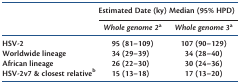
<table><thead><tr><td></td><td colspan="2"><b>Estimated Date (ky) Median (95% HPD)</b></td></tr><tr><td></td><td><b><i>Whole genome 2</i><sup>a</sup></b></td><td><b><i>Whole genome 3</i><sup>a</sup></b></td></tr></thead><tbody><tr><td>HSV-2</td><td>95 (81–109)</td><td>107 (90–129)</td></tr><tr><td>Worldwide lineage</td><td>34 (29–39)</td><td>34 (28–40)</td></tr><tr><td>African lineage</td><td>26 (22–30)</td><td>30 (24–36)</td></tr><tr><td>HSV-2v7 &amp; closest relative<sup>b</sup></td><td>15 (13–18)</td><td>17 (13–20)</td></tr></tbody></table>